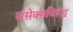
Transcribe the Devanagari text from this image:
ससेक्सविरूद्ध